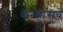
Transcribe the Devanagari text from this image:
कॅन्व्हासचे